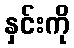
နှင်းကို